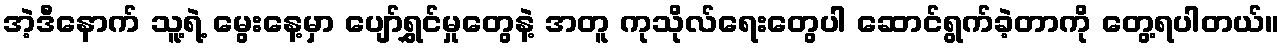
အဲ့ဒီနောက် သူ့ရဲ့ မွေးနေ့မှာ ပျော်ရွှင်မှုတွေနဲ့ အတူ ကုသိုလ်ရေးတွေပါ ဆောင်ရွက်ခဲ့တာကို တွေ့ရပါတယ်။